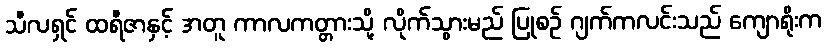
သီလရှင် ထရီဇာနှင့် အတူ ကာလကတ္တားသို့ လိုက်သွားမည် ပြုစဉ် ဂျက်ကလင်းသည် ကျောရိုးက